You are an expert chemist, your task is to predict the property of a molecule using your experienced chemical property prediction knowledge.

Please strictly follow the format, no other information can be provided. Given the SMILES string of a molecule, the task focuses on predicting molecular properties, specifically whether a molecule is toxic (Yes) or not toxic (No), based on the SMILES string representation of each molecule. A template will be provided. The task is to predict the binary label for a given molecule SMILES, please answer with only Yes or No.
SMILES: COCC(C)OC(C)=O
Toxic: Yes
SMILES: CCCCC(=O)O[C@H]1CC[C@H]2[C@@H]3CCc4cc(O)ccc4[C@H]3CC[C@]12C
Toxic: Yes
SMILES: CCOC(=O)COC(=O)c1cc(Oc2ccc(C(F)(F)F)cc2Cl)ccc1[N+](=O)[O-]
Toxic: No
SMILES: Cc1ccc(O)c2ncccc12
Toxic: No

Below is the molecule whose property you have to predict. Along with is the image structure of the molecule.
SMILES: CCC(C)n1ncn(-c2ccc(N3CCN(c4ccc(OC[C@H]5CO[C@](Cn6cncn6)(c6ccc(Cl)cc6Cl)O5)cc4)CC3)cc2)c1=O
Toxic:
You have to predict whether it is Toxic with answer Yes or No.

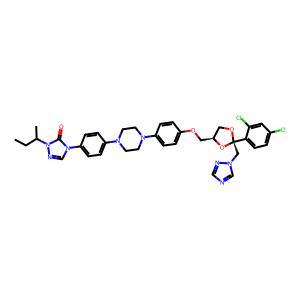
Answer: No